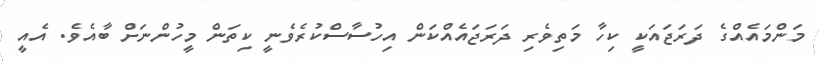
މަންމައެއްގެ ދަރަޖައަކީ ކިހާ މަތިވެރި ދަރަޖައެއްކަން އިހުސާސްކުރެވެނީ ކިތަން މީހުންނަށް ބާއެެވެ. އެއީ